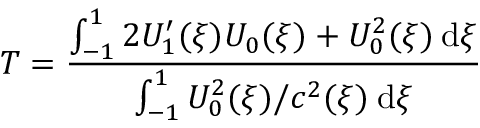
T = \frac { \int _ { - 1 } ^ { 1 } 2 U _ { 1 } ^ { \prime } ( \xi ) U _ { 0 } ( \xi ) + U _ { 0 } ^ { 2 } ( \xi ) \: \mathrm { d } \xi } { \int _ { - 1 } ^ { 1 } U _ { 0 } ^ { 2 } ( \xi ) / c ^ { 2 } ( \xi ) \: \mathrm { d } \xi }